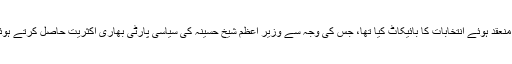
بی این پی نے بنگلہ دیش میں 2014ء میں منعقد ہوئے انتخابات کا بائیکاٹ کیا تھا، جس کی وجہ سے وزیر اعظم شیخ حسینہ کی سیاسی پارٹی بھاری اکثریت حاصل کرتے ہوئے حکومت سازی میں کامیاب ہو گئی تھی۔